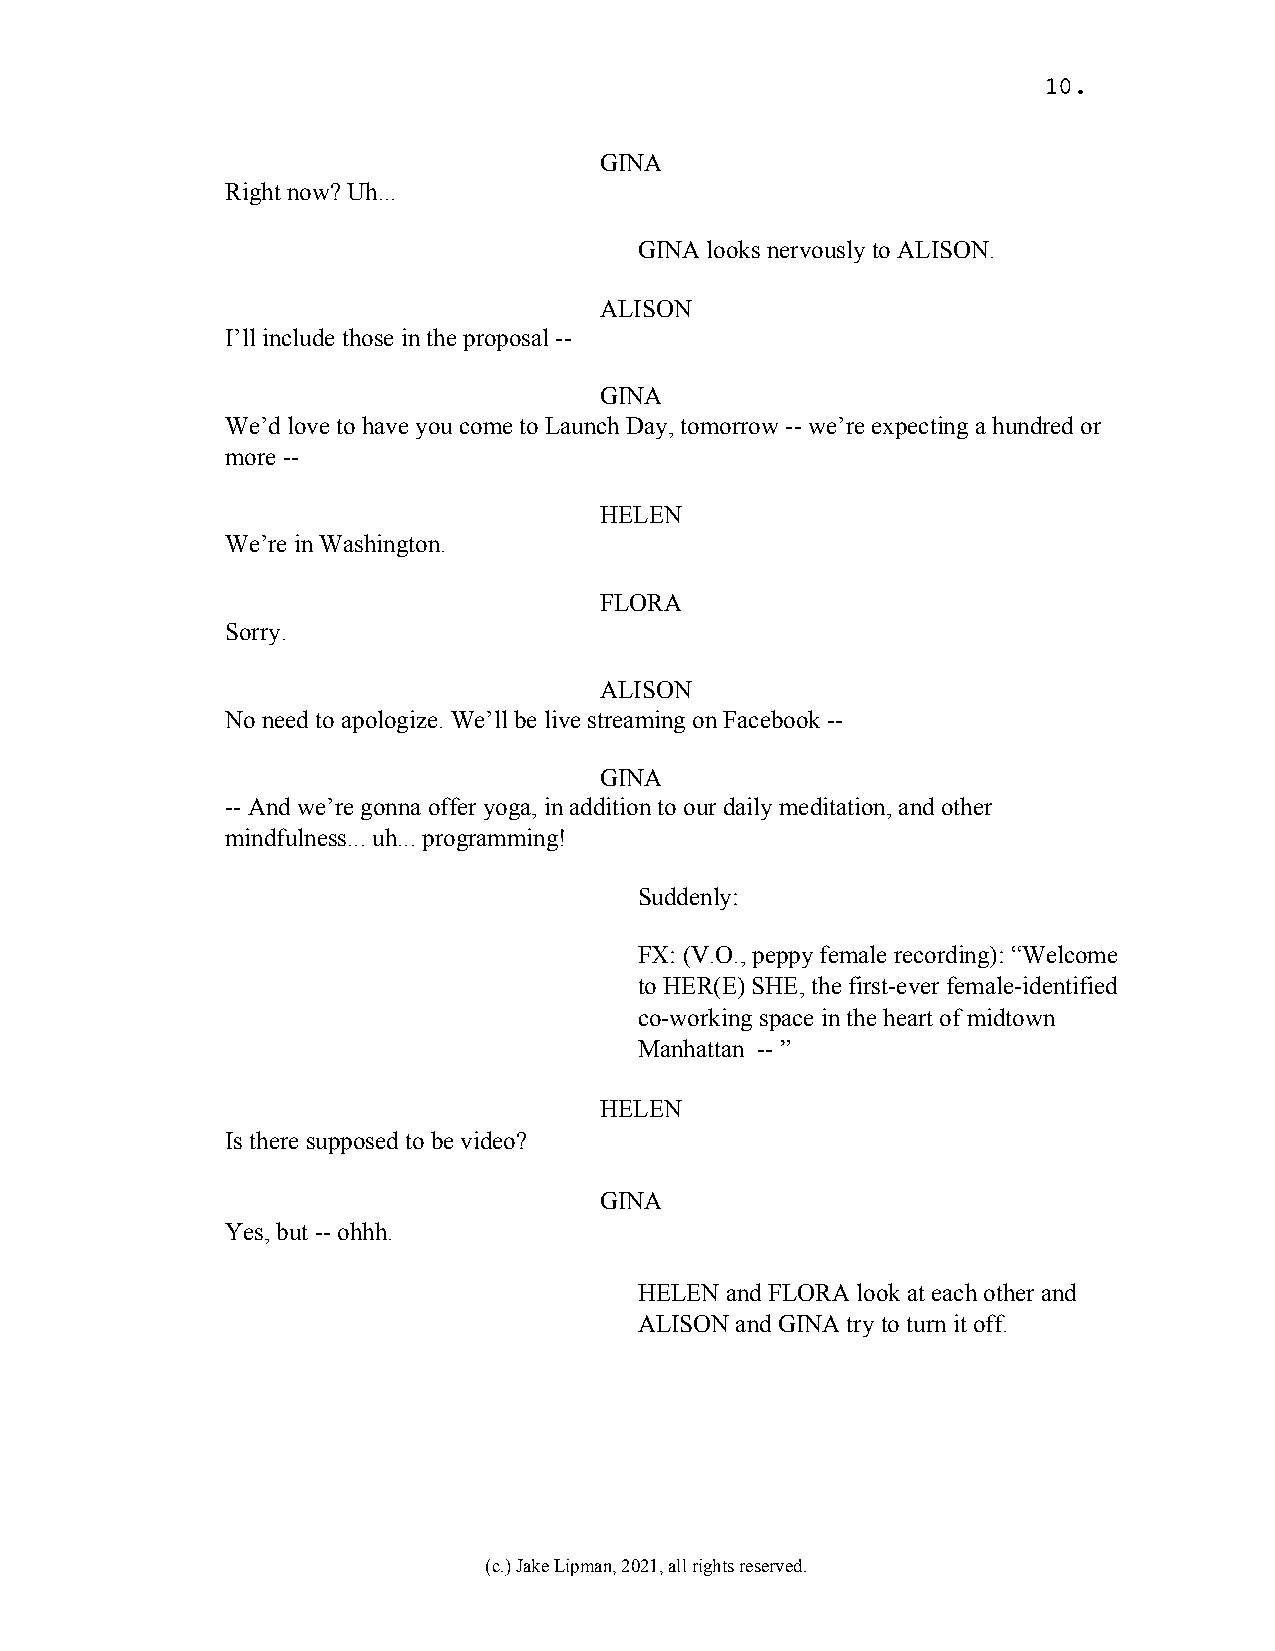
10.
 GINA
 Right now? Uh...
 GINA looks nervously to ALISON.
 ALISON
 I’ll include those in the proposal --
 GINA
 We’d love to have you come to Launch Day, tomorrow -- we’re expecting a hundred or
 more --
 HELEN
 We’re in Washington.
 FLORA
 Sorry.
 ALISON
 No need to apologize. We’ll be live streaming on Facebook --
 GINA
 -- And we’re gonna offer yoga, in addition to our daily meditation, and other
 mindfulness... uh... programming!
 Suddenly:
 FX: (V.O., peppy female recording): “Welcome
 to HER(E) SHE, the first-ever female-identified
 co-working space in the heart of midtown
 Manhattan -- ”
 HELEN
 Is there supposed to be video?
 GINA
 Yes, but -- ohhh.
 HELEN and FLORA look at each other and
 ALISON and GINA try to turn it off.
 (c.) Jake Lipman, 2021, all rights reserved.